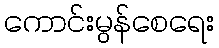
ကောင်းမွန်စေရေး